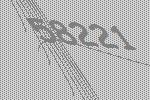
58221